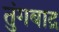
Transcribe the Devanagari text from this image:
तुंगबाद्र